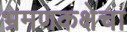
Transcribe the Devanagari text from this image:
भ्रमणकक्षेचा